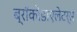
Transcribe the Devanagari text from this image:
ब्रॉकोडाएलेटर्स